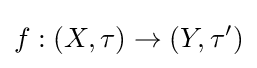
f:\left(X,\tau \right)\to \left(Y,\tau '\right)